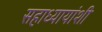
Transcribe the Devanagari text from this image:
सहाध्यायांशी